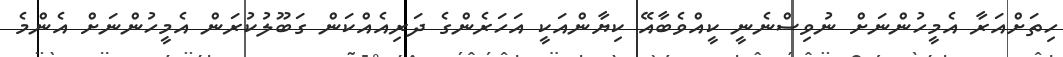
ހިތަށްއަރާ އެމީހުންނަށް ނުވިސްނެނީ ކީއްވެބާއޭ ކިޔާންއަކީ އަހަރެންގެ ދަރިއެއްކަން ގަބޫލުކުރަން އެމީހުންނަށް އެންމެ